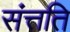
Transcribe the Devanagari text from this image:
संत्तति